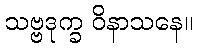
သဗ္ဗဒုက္ခ ဝိနာသနေ။